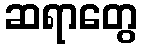
ဆရာတွေ